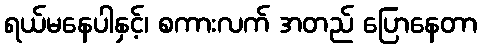
ရယ်မနေပါနှင့်၊ စကားလက် အတည် ပြောနေတာ